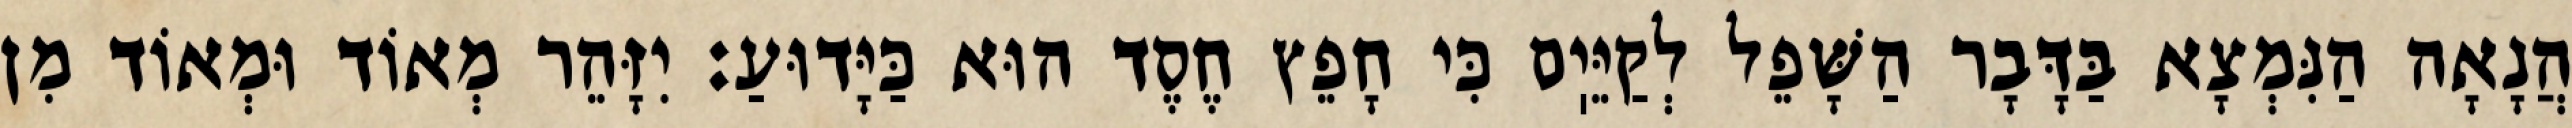
הֲנָאָה הַנִּמְצָא בַּדָּבָר הַשָּׁפֵל לְקַיֵּיֽם כִּי חָפֵץ חֶסֶד הוּא כַּיָּדוּעַ: יִזָּהֵר מְאוֹד וּמְאוֹד מִן